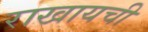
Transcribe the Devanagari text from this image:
राखायची